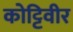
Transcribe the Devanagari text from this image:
कोट्टिवीर